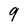
Character: 9